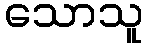
သောသူ